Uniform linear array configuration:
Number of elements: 24
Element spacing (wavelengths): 1
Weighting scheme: kaiser
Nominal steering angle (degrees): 0
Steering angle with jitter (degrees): -1.79
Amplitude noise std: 0.05
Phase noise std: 0.05

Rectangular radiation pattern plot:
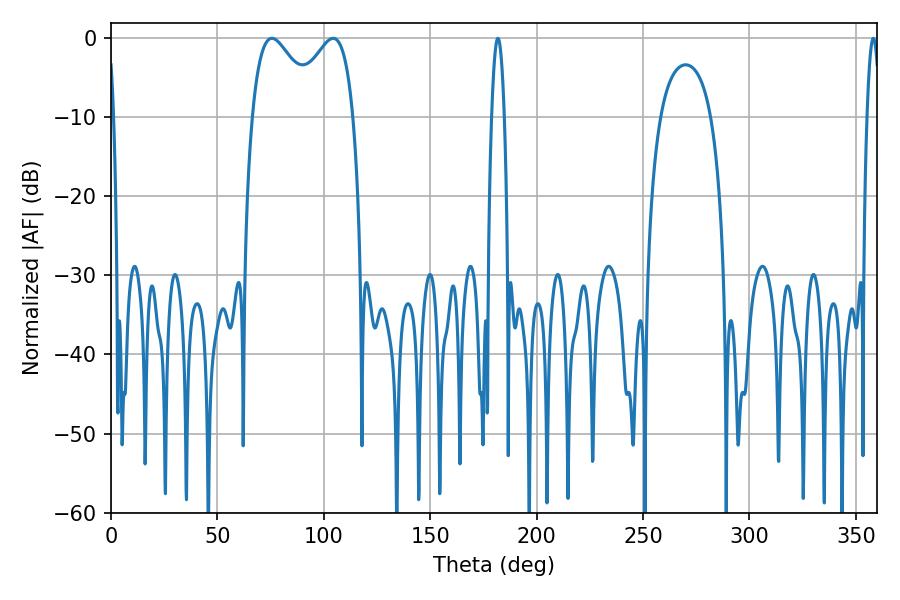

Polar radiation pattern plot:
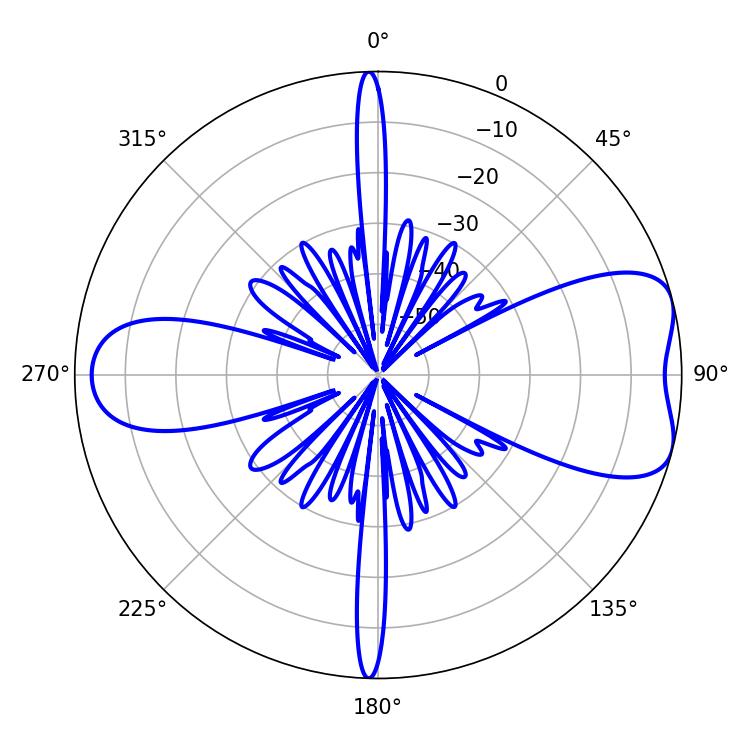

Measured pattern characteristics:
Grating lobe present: TRUE
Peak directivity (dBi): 7.059
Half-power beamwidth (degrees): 3.24
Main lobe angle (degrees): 181.8